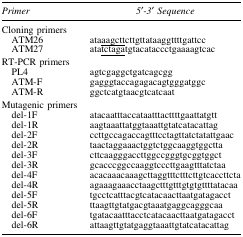
<table><thead><tr><td><b><i>Primer</i></b></td><td><b><i>5′-3′ Sequence</i></b></td></tr></thead><tbody><tr><td colspan="2">Cloning primers</td></tr><tr><td> ATM26</td><td>ata<underline>aagctt</underline>cttgttataaggttttgattcc</td></tr><tr><td> ATM27</td><td>ata<underline>tctaga</underline>tgtacataccctgaaaagtcac</td></tr><tr><td colspan="2">RT-PCR primers</td></tr><tr><td> PL4</td><td>agtcgaggctgatcagcgg</td></tr><tr><td> ATM-F</td><td>gagggtaccagagacagtgggatggc</td></tr><tr><td> ATM-R</td><td>ggctcatgtaacgtcatcaat</td></tr><tr><td colspan="2">Mutagenic primers</td></tr><tr><td> del-1F</td><td>atacaatttaccataatttacttttgaattatgtt</td></tr><tr><td> del-1R</td><td>aagtaaattatggtaaattgtatcatacattag</td></tr><tr><td> del-2F</td><td>ccttgccagaccagtttcctagttatctatattgaac</td></tr><tr><td> del-2R</td><td>taactaggaaactggtctggcaaggtggctta</td></tr><tr><td> del-3F</td><td>cttcaagggaccttggccgggtgcggtggct</td></tr><tr><td> del-3R</td><td>gcacccggccaaggtcccttgaagtttatctaa</td></tr><tr><td> del-4F</td><td>acacaaacaaagcttaggtttctttcttgtcaccttcta</td></tr><tr><td> del-4R</td><td>agaaagaaacctaagctttgtttgtgtgttttatacaa</td></tr><tr><td> del-5F</td><td>tgcctcatttacgtcatacaacttaatgatagacct</td></tr><tr><td> del-5R</td><td>ttaagttgtatgacgtaaatgaggcagggcaa</td></tr><tr><td> del-6F</td><td>tgatacaatttacctcatacaacttaatgatagacct</td></tr><tr><td> del-6R</td><td>attaagttgtatgaggtaaattgtatcatacattag</td></tr></tbody></table>